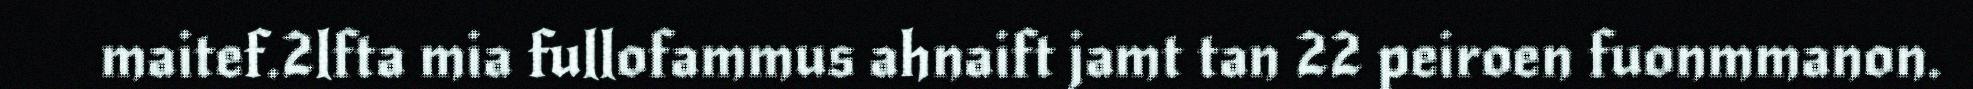
maitef.2lfta mia fullofammus ahnaift jamt tan 22 peiroen fuonmmanon.